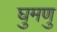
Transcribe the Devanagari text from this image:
घुमणु